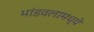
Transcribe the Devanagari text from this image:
भांडवलामध्ये